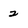
Character: 2